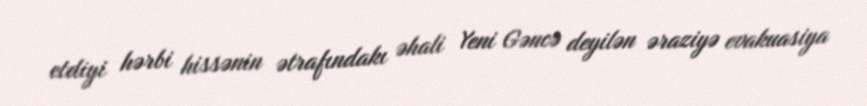
etdiyi hərbi hissənin ətrafındakı əhali Yeni Gəncə deyilən əraziyə evakuasiya